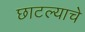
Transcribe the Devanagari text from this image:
छाटल्याचे